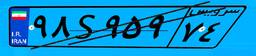
۱۶S۳۸۱۴۳